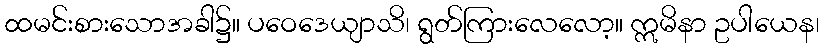
ထမင်းစားသောအခါ၌။ ပဝေဒေယျာသိ၊ ရွတ်ကြားလေလော့။ ဣမိနာ ဥပါယေန၊